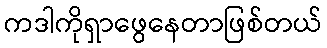
ကဒါကိုရှာဖွေနေတာဖြစ်တယ်